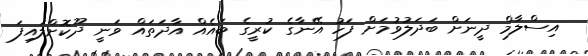
އިސްލާމް ދީނަށް ބަދަލުވުމަށް ފަހު އޭނާގެ ކުރީގެ ބައެއް އާދަތައް ވަނީ ދޫކޮށްލައިފަ